Report of an investigation of the epidemic of malarial fever in Assam, or, kala-azar
Disease focus: Malaria
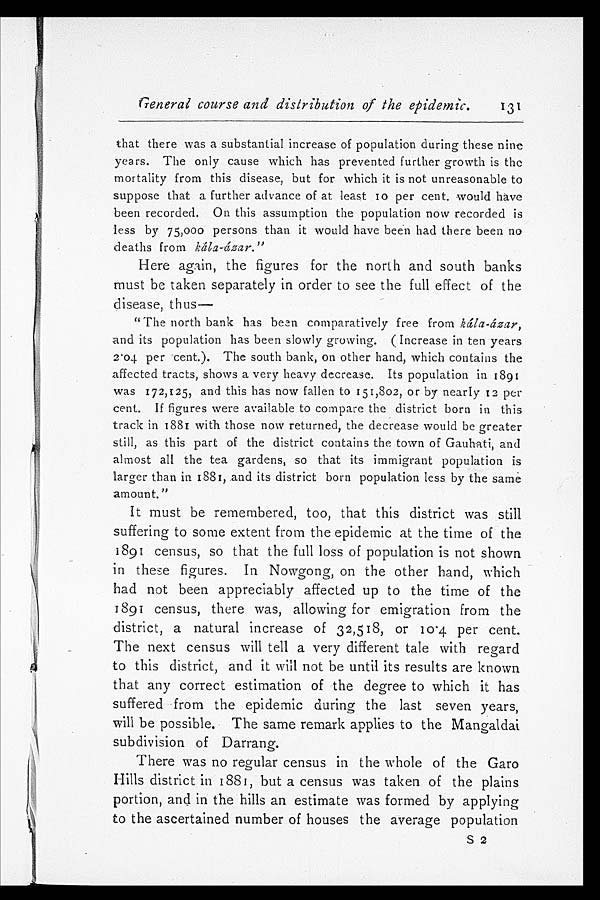
General course and distribution of the epidemic.
131
that there was a substantial increase of population during these nine
years. The only cause which has prevented further growth is the
mortality from this disease, but for which it is not unreasonable to
suppose that a further advance of at least 10 per cent. would have
been recorded. On this assumption the population now recorded is
less by 75,000 persons than it would have been had there been no
deaths from kála-ázar."
Here again, the figures for the north and south banks
must be taken separately in order to see the full effect of the
disease, thus—
"The north bank has been comparatively free from kála-ázar,
and its population has been slowly growing. (Increase in ten years
2.04 per cent.). The south bank, on other hand, which contains the
affected tracts, shows a very heavy decrease. Its population in 1891
was 172,125, and this has now fallen to 151,802, or by nearly 12 per
cent. If figures were available to compare the district born in this
track in 1881 with those now returned, the decrease would be greater
still, as this part of the district contains the town of Gauhati, and
almost all the tea gardens, so that its immigrant population is
larger than in 1881, and its district born population less by the same
amount."
It must be remembered, too, that this district was still
suffering to some extent from the epidemic at the time of the
1891 census, so that the full loss of population is not shown
in these figures. In Nowgong, on the other hand, which
had not been appreciably affected up to the time of the
1891 census, there was, allowing for emigration from the
district, a natural increase of 32,518, or 10.4 per cent.
The next census will tell a very different tale with regard
to this district, and it will not be until its results are known
that any correct estimation of the degree to which it has
suffered from the epidemic during the last seven years,
will be possible. The same remark applies to the Mangaldai
subdivision of Darrang.
There was no regular census in the whole of the Garo
Hills district in 1881, but a census was taken of the plains
portion, and in the hills an estimate was formed by applying
to the ascertained number of houses the average population
S 2